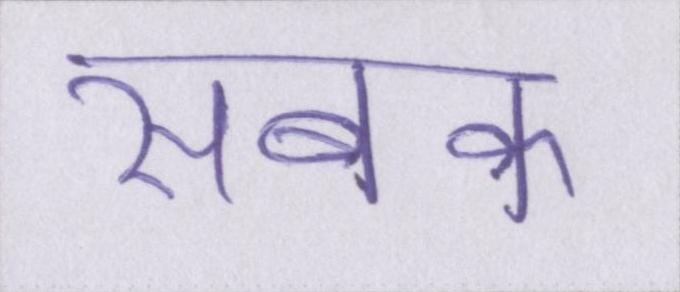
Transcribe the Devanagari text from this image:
सबक